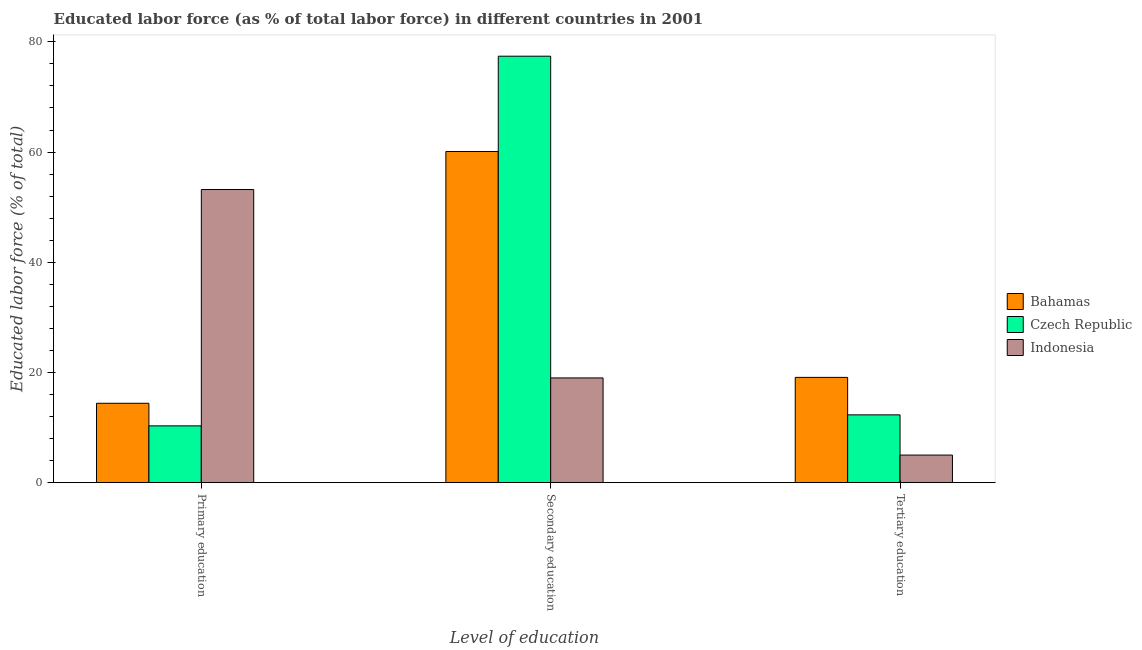
| Level of education | Bahamas | Czech Republic | Indonesia |
 | --- | --- | --- | --- |
 | Primary education | 14.4 | 10.3 | 53.2 |
 | Secondary education | 60.1 | 77.4 | 19 |
 | Tertiary education | 19.1 | 12.3 | 5 |